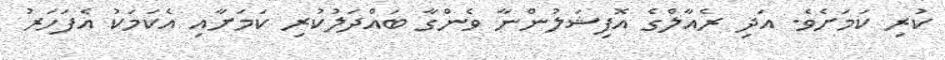
ކުރި ކަމަށެވެ. އަދި ރެއާލްގެ އޮފިޝަލުންނާ ވެންގާ ބައްދަލުކުރި ކަމަށާއި އެކަމަކު އެފަހަރު